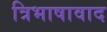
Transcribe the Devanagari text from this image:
त्रिभाषावाद